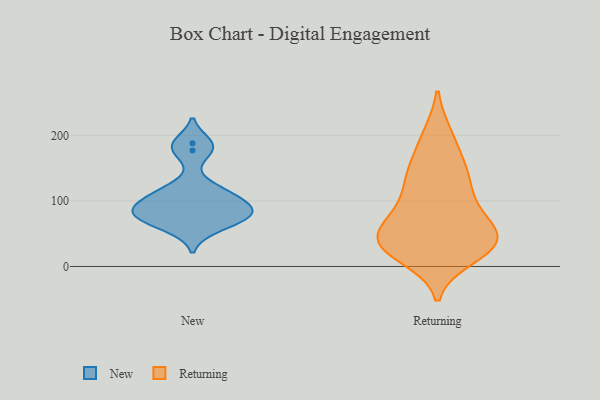
{"axis": {"x": "Headcount", "y": "Value"}, "legend": ["New", "Returning"], "data": [{"x": "", "y": 117, "type": "New"}, {"x": "", "y": 80, "type": "New"}, {"x": "", "y": 177, "type": "New"}, {"x": "", "y": 98, "type": "New"}, {"x": "", "y": 59, "type": "New"}, {"x": "", "y": 79, "type": "New"}, {"x": "", "y": 188, "type": "New"}, {"x": "", "y": 74, "type": "New"}, {"x": "", "y": 110, "type": "New"}, {"x": "", "y": 86, "type": "New"}, {"x": "", "y": 33, "type": "Returning"}, {"x": "", "y": 32, "type": "Returning"}, {"x": "", "y": 78, "type": "Returning"}, {"x": "", "y": 30, "type": "Returning"}, {"x": "", "y": 32, "type": "Returning"}, {"x": "", "y": 78, "type": "Returning"}, {"x": "", "y": 34, "type": "Returning"}, {"x": "", "y": 199, "type": "Returning"}, {"x": "", "y": 138, "type": "Returning"}, {"x": "", "y": 108, "type": "Returning"}, {"x": "", "y": 50, "type": "Returning"}, {"x": "", "y": 51, "type": "Returning"}, {"x": "", "y": 89, "type": "Returning"}, {"x": "", "y": 36, "type": "Returning"}, {"x": "", "y": 153, "type": "Returning"}, {"x": "", "y": 197, "type": "Returning"}, {"x": "", "y": 44, "type": "Returning"}, {"x": "", "y": 144, "type": "Returning"}, {"x": "", "y": 16, "type": "Returning"}, {"x": "", "y": 132, "type": "Returning"}]}